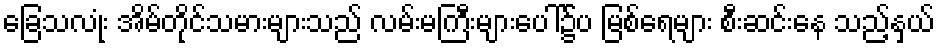
ခြေသလုံး အိမ်တိုင်သမားများသည် လမ်းမကြီးများပေါ်၌်ပ မြစ်ရေများ စီးဆင်းနေ သည့်နှယ်